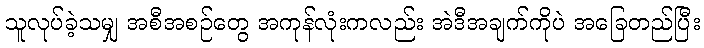
သူလုပ်ခဲ့သမျှ အစီအစဉ်တွေ အကုန်လုံးကလည်း အဲဒီအချက်ကိုပဲ အခြေတည်ပြီး